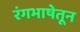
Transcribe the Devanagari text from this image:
रंगभाषेतून